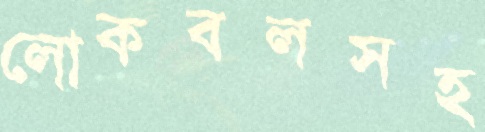
লোকবলসহ